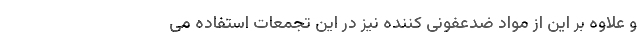
و علاوه بر این از مواد ضدعفونی کننده نیز در این تجمعات استفاده می